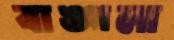
বাঙ্গলা